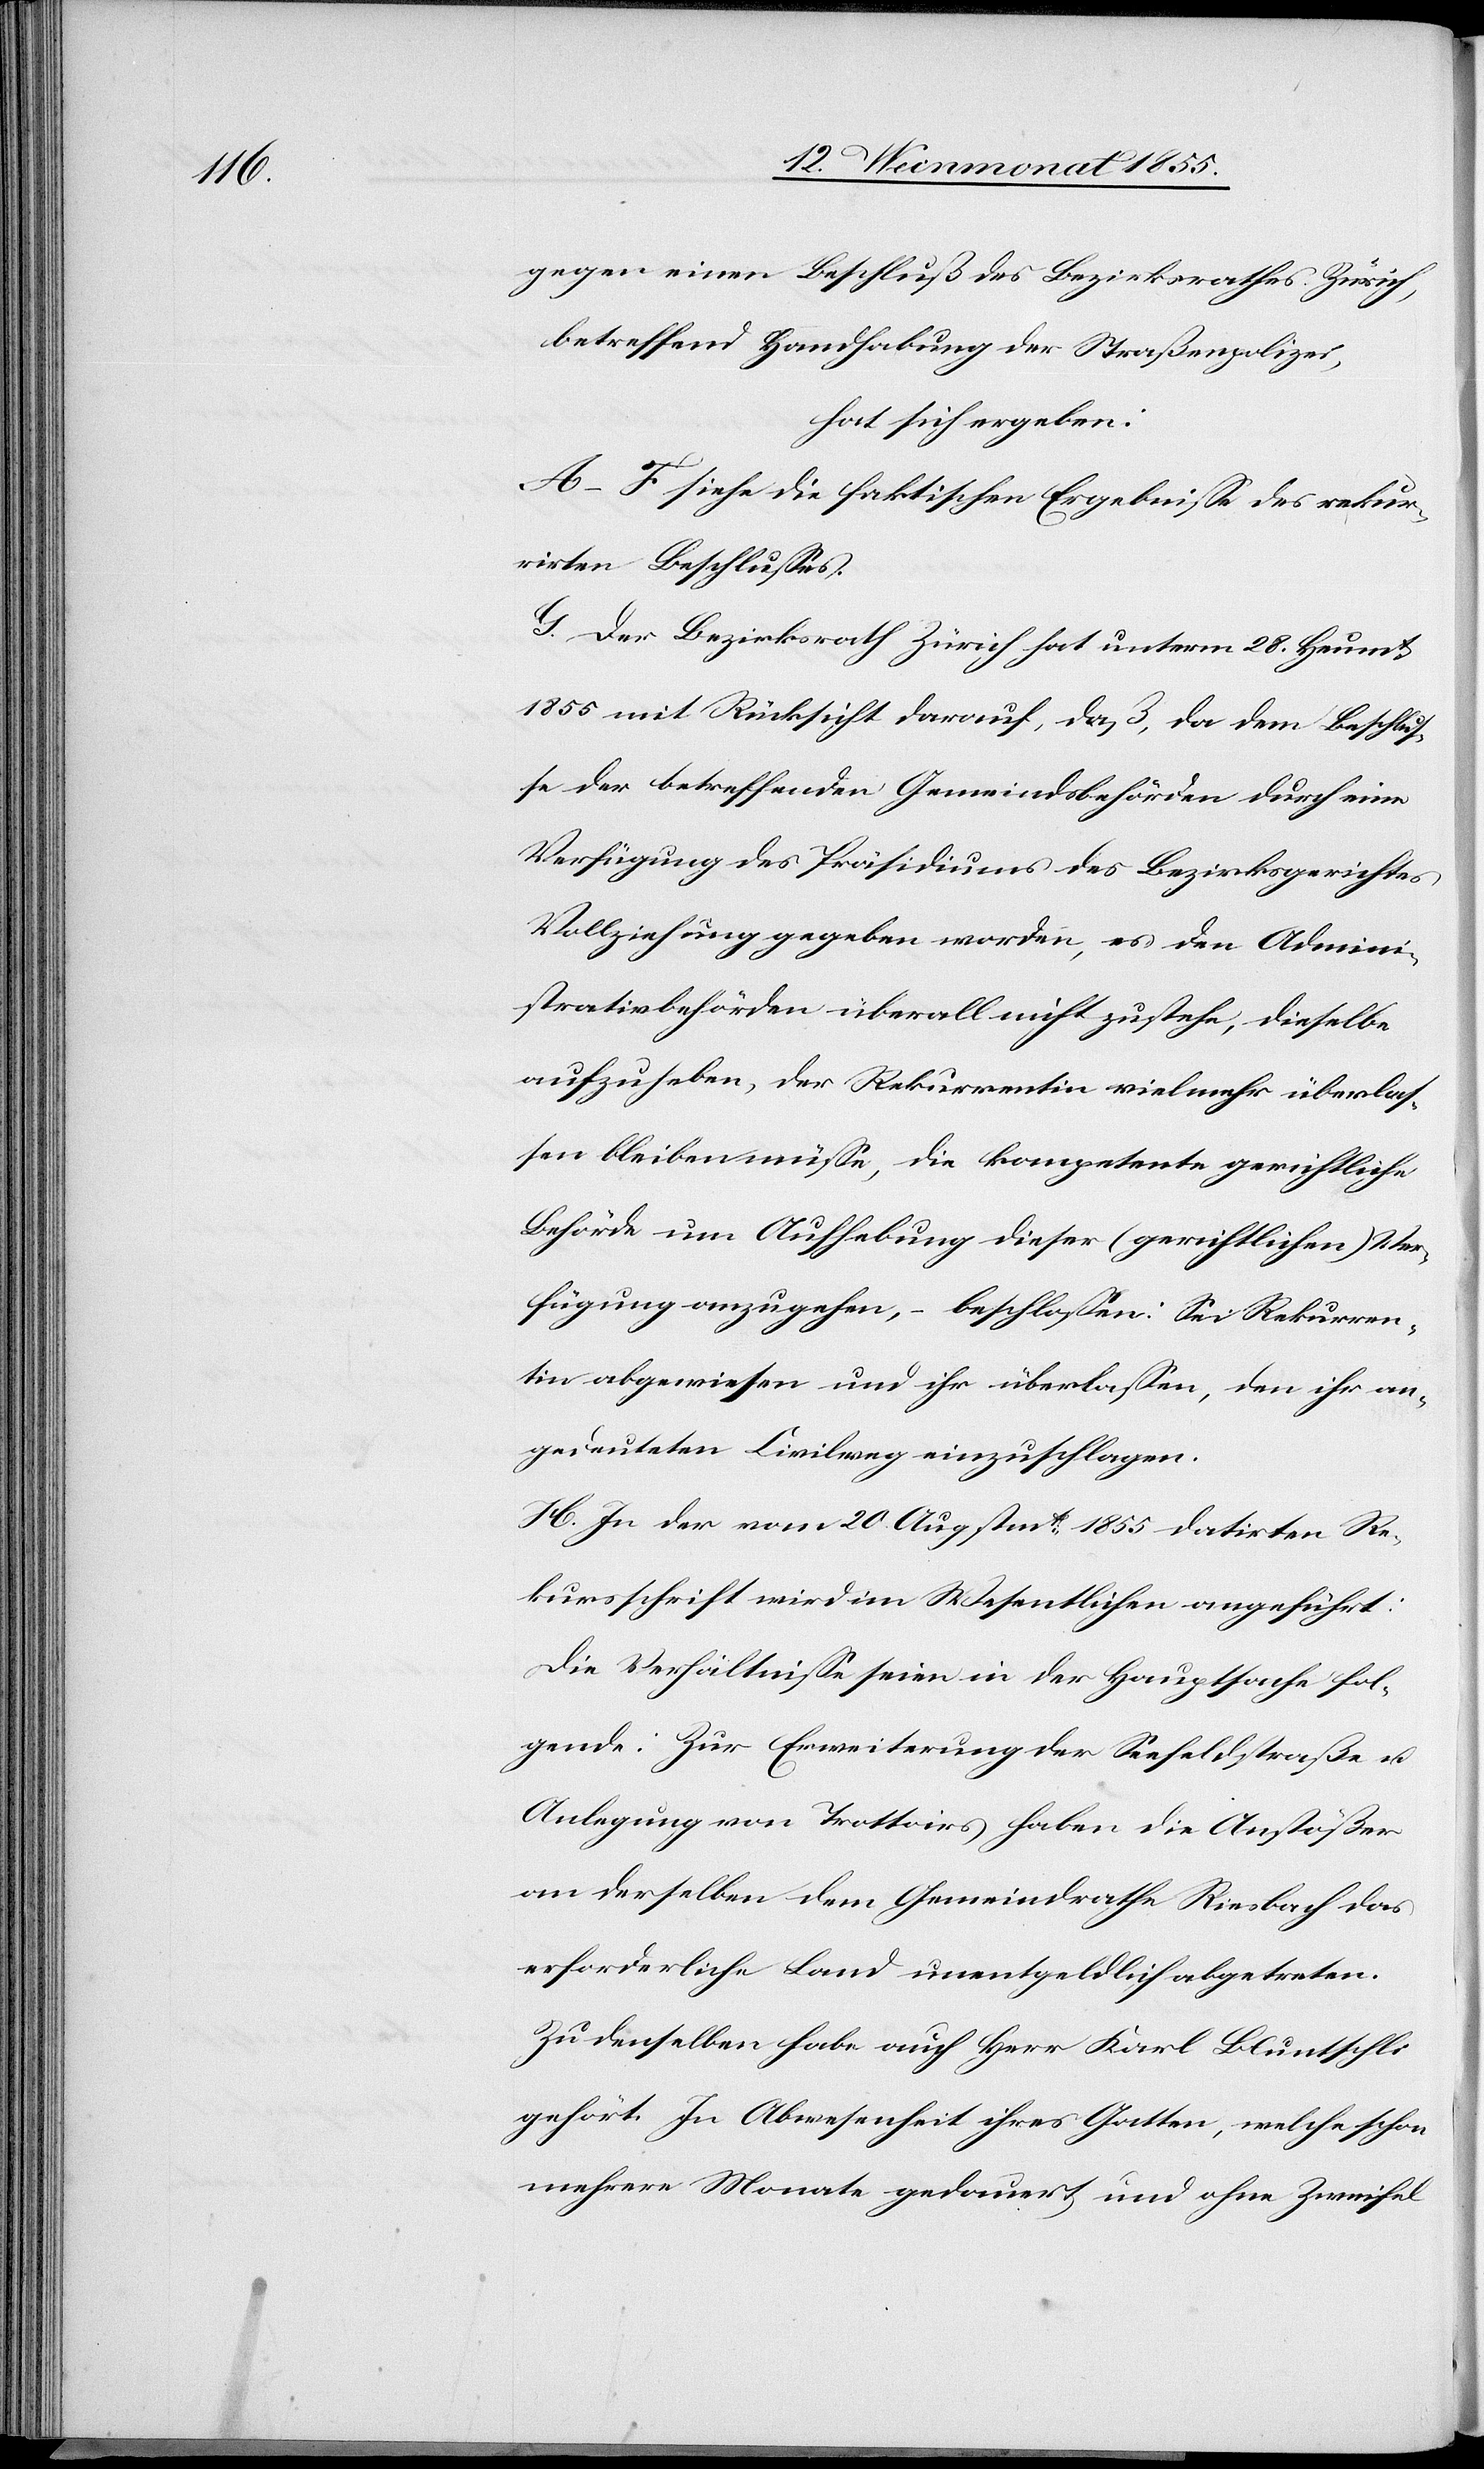
gegen einen Beschluß des Bezirksrathes Zürich,
betreffend Handhabung der Straßenpolizei,
hat sich ergeben:
A–F siehe die faktischen Ergebnisse des rekur¬
rirten Beschlusses.
G. Der Bezirksrath Zürich hat unterm 28. Heumt.
1855 mit Rücksicht darauf, daß, da dem Beschlus¬
se der betreffenden Gemeindsbehörden durch eine
Verfügung des Präsidiums des Bezirksgerichtes
Vollziehung gegeben worden, es den Admini¬
strativbehörden überall nicht zustehe, dieselbe
aufzuheben, der Rekurrentin vielmehr überlas¬
sen bleiben müsse, die kompetente gerichtliche
Behörde um Aufhebung dieser (gerichtlichen) Ver¬
fügung anzugehen, – beschlossen: Sei Rekurren¬
tin abgewiesen und ihr überlassen, den ihr an¬
gedeuteten Civilweg einzuschlagen.
H. In der vom 20. Augstmt. 1855 datirten Re¬
kursschrift wird im Wesentlichen angeführt:
Die Verhältnisse seien in der Hauptsache fol¬
gende: Zur Erweiterung der Seefeldstraße u.
Anlegung von Trottoirs haben die Anstößer
an derselben dem Gemeindrathe Riesbach das
erforderliche Land unentgeldlich abgetreten.
Zu denselben habe auch Herr Karl Bluntschli
gehört. In Abwesenheit ihres Gatten, welche schon
mehrere Monate gedauert und ohne Zweifel